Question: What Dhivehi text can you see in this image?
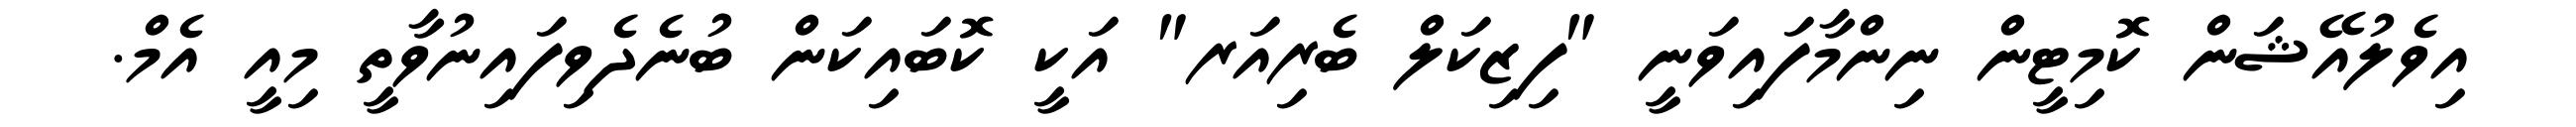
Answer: އިވެލުއޭޝަން ކޮމިޓީން ނިންމާފައިވަނީ "ފިޒިކަލް ބެރިއަރ" އަކީ ކޮބައިކަން ބުނެދެވިފައިނުވާތީ މިއީ އެމް.